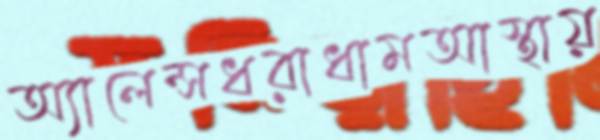
অ্যালেন্সধরাধামআস্থায়